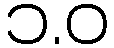
၁.ဝ